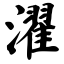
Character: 濯